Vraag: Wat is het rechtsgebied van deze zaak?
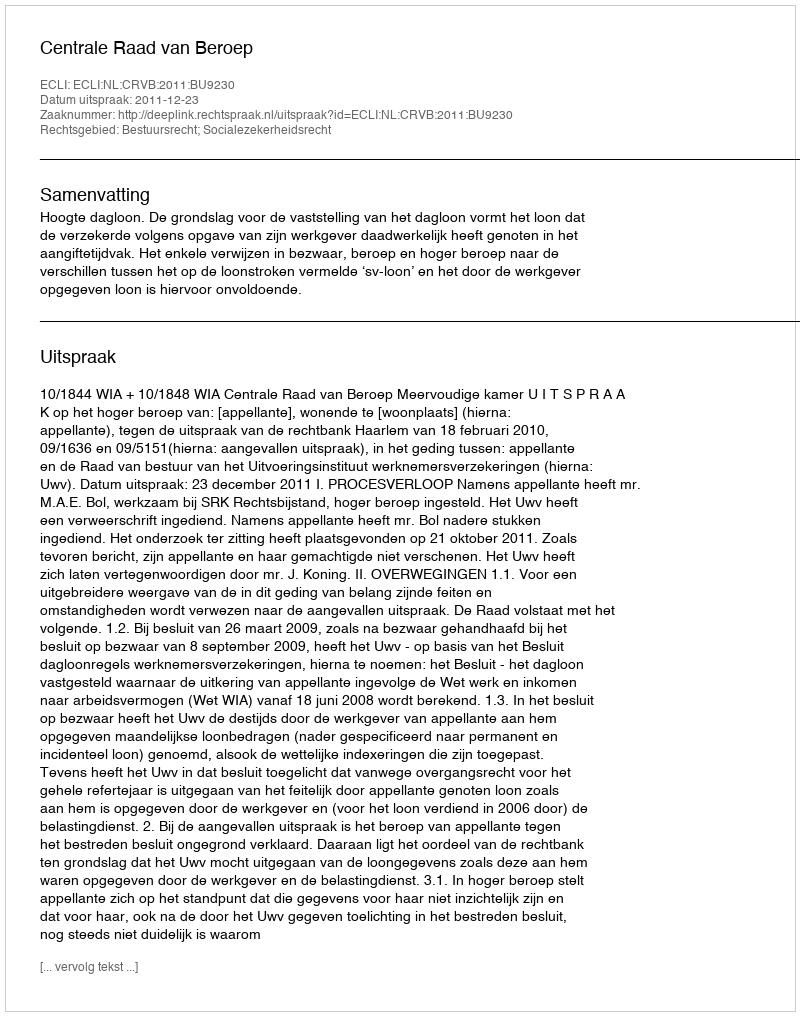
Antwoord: Bestuursrecht; Socialezekerheidsrecht